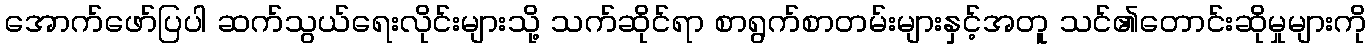
အောက်ဖော်ပြပါ ဆက်သွယ်ရေးလိုင်းများသို့ သက်ဆိုင်ရာ စာရွက်စာတမ်းများနှင့်အတူ သင်၏တောင်းဆိုမှုများကို